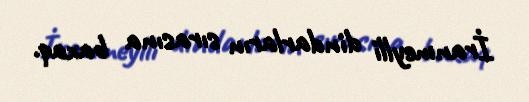
İranmeylli dindarların sırasına baxaq.